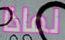
لماذا